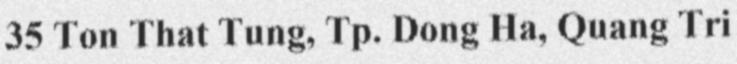
35 Ton That Tung, Tp. Dong Ha, Quang Tri